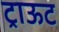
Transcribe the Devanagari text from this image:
ट्राऊट